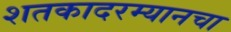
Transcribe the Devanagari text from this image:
शतकादरम्यानचा